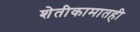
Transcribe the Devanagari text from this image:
शेतीकामातही